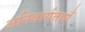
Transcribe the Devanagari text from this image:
अनिवार्यताएँ